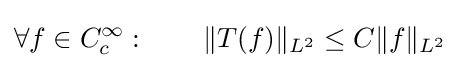
\forall f\in C_{c}^{\infty }:\qquad \|T(f)\|_{L^{2}}\leq C\|f\|_{L^{2}}